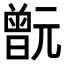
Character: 𣍎